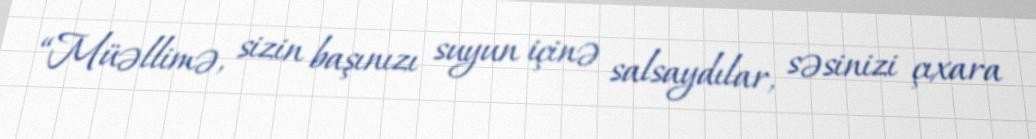
“Müəllimə, sizin başınızı suyun içinə salsaydılar, səsinizi çıxara